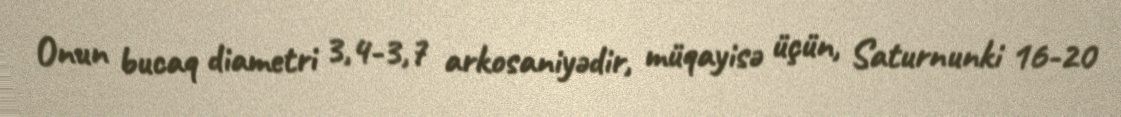
Onun bucaq diametri 3,4-3,7 arkosaniyədir, müqayisə üçün, Saturnunki 16-20